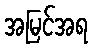
အမြင်အရ